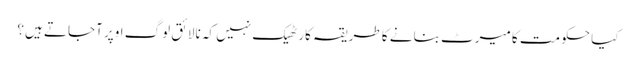
کیا حکومت کا میرٹ بنانے کا طریقہ کار ٹھیک نہیں کہ نالائق لوگ اوپر آجاتے ہیں؟